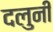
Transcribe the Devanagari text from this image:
दलुनी